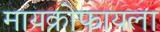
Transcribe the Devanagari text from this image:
मायक्रोफायला